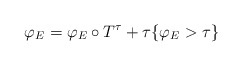
\begin{align*}\varphi_{E}=\varphi_{E}\circ T^{\tau}+\tau\{\varphi_{E}>\tau\}\end{align*}